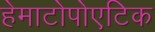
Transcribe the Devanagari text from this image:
हेमाटोपोएटिक